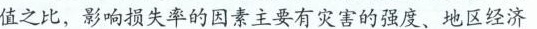
值之比，影响损失率的因素主要有灾害的强度、地区经济